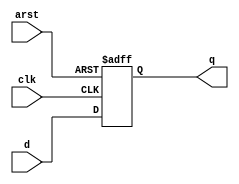
`timescale 1ns / 1ps


module d_flops(
    input d,clk,arst,
    output reg q
    );
    always @(posedge clk, posedge arst)
    begin
        if(arst==1)
            q <= 1'b0;
            else q <= d;
            
    end
    
endmodule